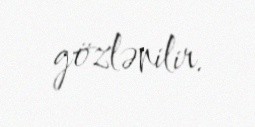
gözlənilir.